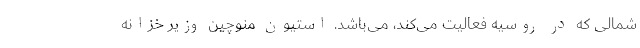
شمالی که در روسیه فعالیت می‌کند، می‌باشد. استیون منوچین وزیر خزانه